Bulletin of the Pasteur Institute of Southern India, Coonoor - No. 3.
Year: 1910
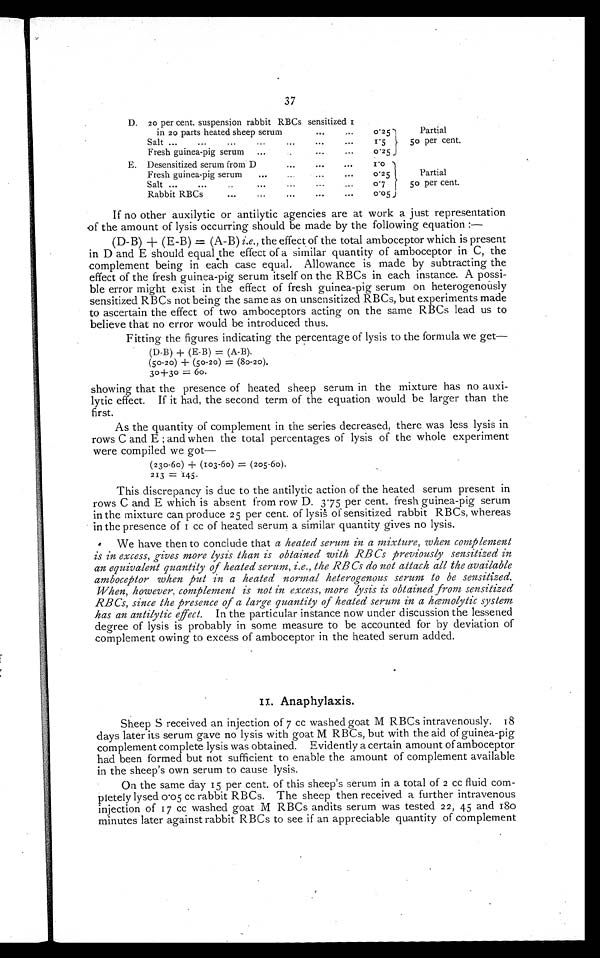
37
D. 20 per cent. suspension rabbit RBCs sensitized
1 in 20 parts heated sheep serum
•••
...
0.25
Partial
50 per cent.
Salt ...
...
•••
•••
•••
...
1.5
Fresh guinea-pig serum ......
...
..
0.25
E. Desensitized serum from D
•••
•••
...
1 . 0
Partial
50 per cent.
Fresh guinea-pig serum
•••
•..
0. 25
Salt ...
•••
..
...
...
...
0 . 7
Rabbit RBCs
...
•••
...
..•
0.05
If no other auxilytic or antilytic agencies are at work a just representation
of the amount of lysis occurring should be made by the following equation :—
(D-B)+(E-B) = (A-B) i.e., the effect of the total amboceptor which is present
in D and E should equal the effect of a similar quantity of amboceptor in C, the
complement being in each case equal. Allowance is made by subtracting the
effect of the fresh guinea-pig serum itself on the RBCs in each instance. A possi-
ble error might exist in the effect of fresh guinea-pig serum on heterogenously
sensitized RBCs not being the same as on unsensitized RBCs, but experiments made
to ascertain the effect of two amboceptors acting on the same RBCs lead us to
believe that no error would be introduced thus.
Fitting the figures indicating the percentage of lysis to the formula we get
—
(D-B)+(E-B)=(A-B).
(50-20)+(50-20) = (80-20).
30+30=6o.
showing that the presence of heated sheep serum in the mixture has no auxi-
lytic effect. If it had, the second term of the equation would be larger than the
first.
As the quantity of complement in the series decreased, there was less lysis in
rows C and E ; and when the total percentages of lysis of the whole experiment
were compiled we got—
(230-60) + (103-60)=(205-60).
213=145.
This discrepancy is due to the antilytic action of the heated serum present in
rows C and E which is absent from row D. 3.75 per cent. fresh guinea-pig serum
in the mixture can produce 25 per cent. of lysis of sensitized rabbit RBCs, whereas
in the presence of 1 cc of heated serum a similar quantity gives no lysis.
We have then to conclude that a heated serum in a mixture, when complement
is in excess, gives more lysis than is obtained with RBCs previously sensitized in
an equivalent quantity of heated serum, i.e., the RBCs do not attach all the available
amboceptor when put in a heated normal heterogenous serum to be sensitized.
When, however, complement is not in excess, more lysis is obtained from sensitized
RBCs, since the presence of a large quantity of heated serum in a hœmolytic system
has an antilytic effect. In the particular instance now under discussion the lessened
degree of lysis is probably in some measure to be accounted for by deviation of
complement owing to excess of amboceptor in the heated serum added.
1 1 . A n a p h y l a x i s .
Sheep S received an injection of 7 cc washed goat M RBCs intravenously. 18
days later its serum gave no lysis with goat M RBCs, but with the aid of guinea-pig
complement complete lysis was obtained. Evidently a certain amount of amboceptor
had been formed but not sufficient to enable the amount of complement available
in the sheep's own serum to cause lysis.
On the same day 15 per cent. of this sheep's serum in a total of 2 cc fluid com-
pletely lysed 0.05 cc rabbit RBCs. The sheep then received a further intravenous
injection of 17 cc washed goat M RBCs andits serum was tested 22, 45 and 180
minutes later against rabbit RBCs to see if an appreciable quantity of complement